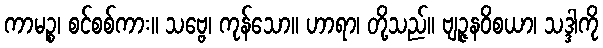
ကာမဉ္စ၊ စင်စစ်ကား။ သဗ္ဗေ၊ ကုန်သော။ ဟာရာ၊ တို့သည်။ ဗျဉ္ဇနဝိစယာ၊ သဒ္ဒါကို